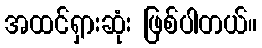
အထင်ရှားဆုံး ဖြစ်ပါတယ်။